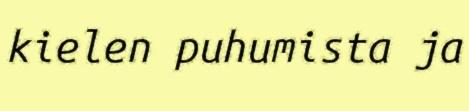
kielen puhumista ja